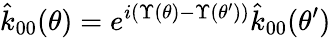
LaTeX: \hat{k}_{00}(\theta)=e^{i(\Upsilon(\theta)-\Upsilon(\theta^{\prime}))}\hat{k}_{00}(\theta^{\prime})